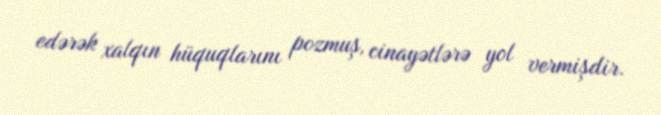
edərək xalqın hüquqlarını pozmuş, cinayətlərə yol vermişdir.